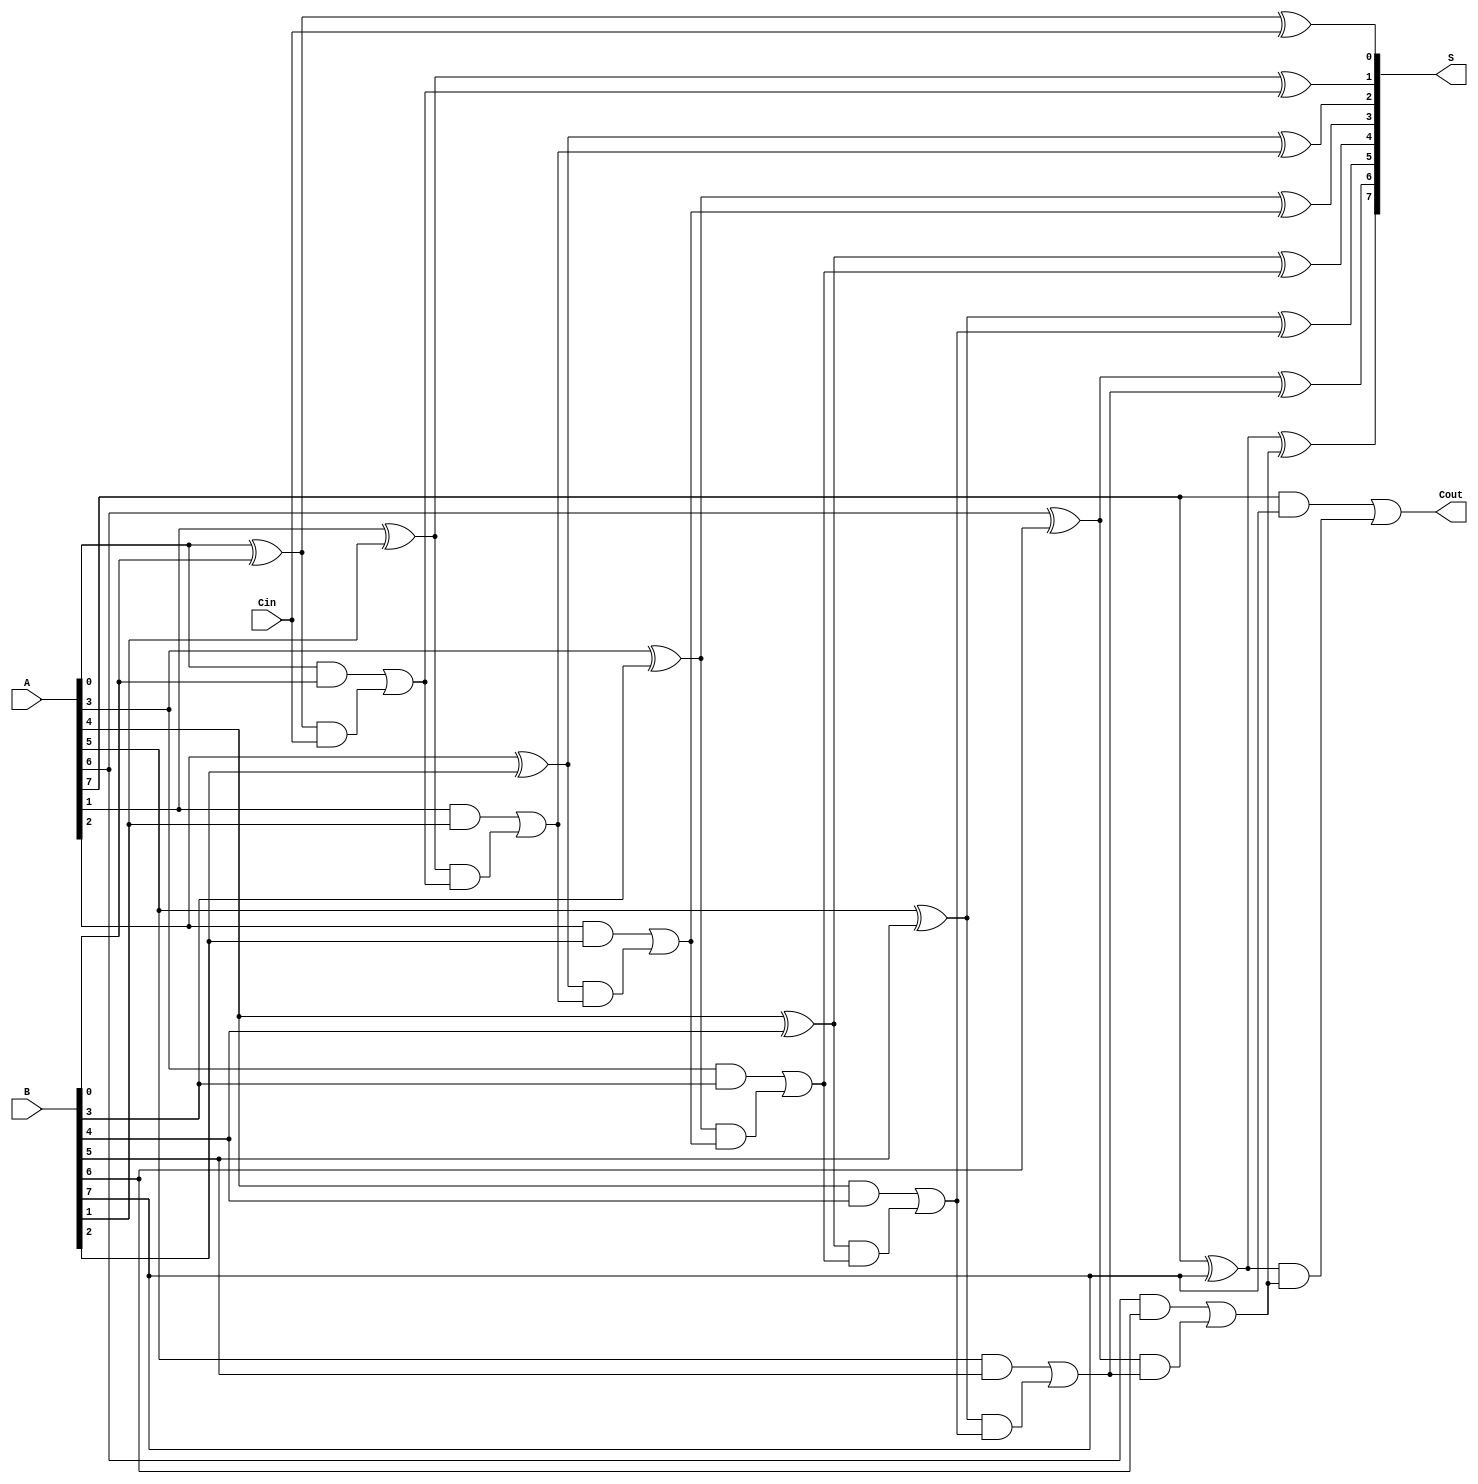
module han_carlson_adder #(parameter N = 8) (
    input wire [N-1:0] A,    // First n-bit input
    input wire [N-1:0] B,    // Second n-bit input
    input wire Cin,          // Carry-in
    output wire [N-1:0] S,   // n-bit sum output
    output wire Cout         // Carry-out
);

    wire [N:0] C; // Carry bits, C[0] = Cin, C[N] = Cout

    // Generate carry bits
    assign C[0] = Cin;

    genvar i;
    generate
        for (i = 0; i < N; i = i + 1) begin : carry_generation
            // Carry Generation Logic
            assign C[i+1] = (A[i] & B[i]) | ((A[i] ^ B[i]) & C[i]);
        end
    endgenerate

    // Sum Calculation
    generate
        for (i = 0; i < N; i = i + 1) begin : sum_generation
            assign S[i] = A[i] ^ B[i] ^ C[i]; // Sum logic
        end
    endgenerate

    // Final Carry-Out
    assign Cout = C[N];

endmodule